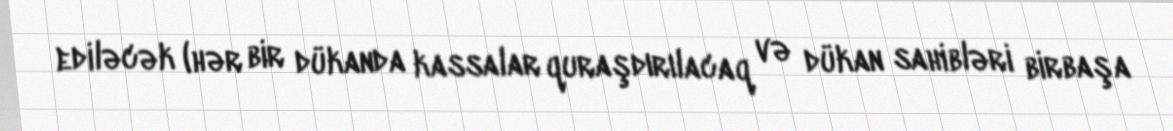
ediləcək (hər bir dükanda kassalar quraşdırılacaq və dükan sahibləri birbaşa